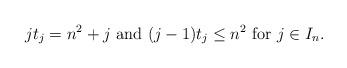
LaTeX: \begin{align*}jt_j=n^2+j \mbox{ and }(j-1)t_j\leq n^2 \mbox{ for }j\in I_n.\end{align*}